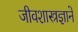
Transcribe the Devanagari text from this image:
जीवशास्त्रज्ञाने